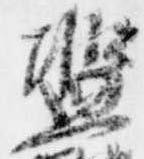
濫